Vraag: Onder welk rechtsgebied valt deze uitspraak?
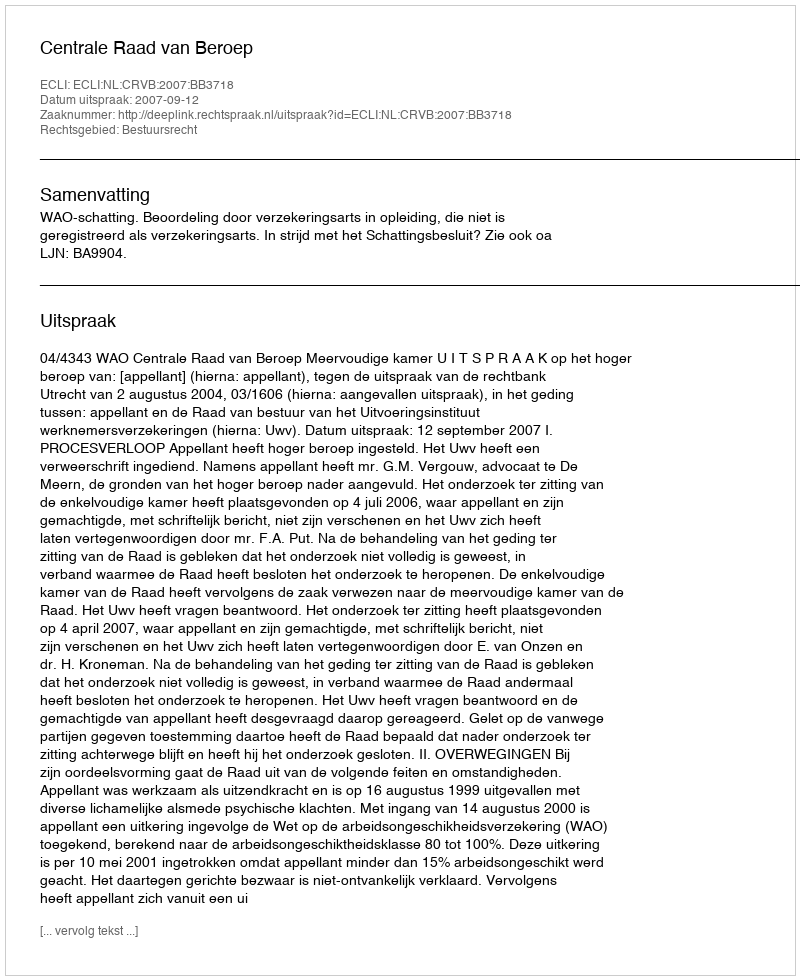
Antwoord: Bestuursrecht